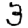
Digit: 3